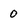
Character: 0